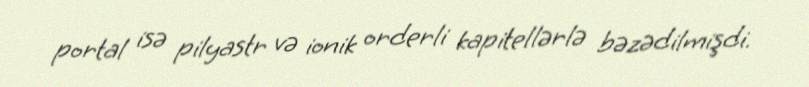
portal isə pilyastr və ionik orderli kapitellərlə bəzədilmişdi.